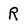
Character: R